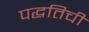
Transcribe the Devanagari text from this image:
पद्धतिची